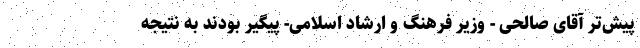
پیش‌تر آقای صالحی - وزیر فرهنگ و ارشاد اسلامی- پیگیر بودند به نتیجه